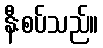
နီးစပ်သည်။